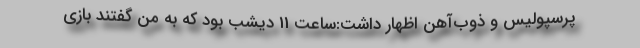
پرسپولیس و ذوب‌آهن اظهار داشت:ساعت 11 دیشب بود که به من گفتند بازی